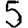
Digit: 5